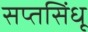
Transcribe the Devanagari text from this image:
सप्तसिंधू